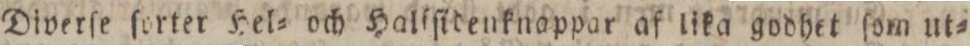
Diverſe ſorter Hel= och Hallſidenknappar af lika godhet ſom ut=